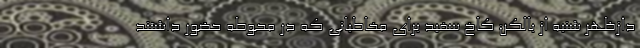
دازظهر شنبه از بالکن کاخ سفید برای مخاطبانی که در محوطه حضور داشتند